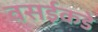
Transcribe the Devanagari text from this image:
वसईकडे